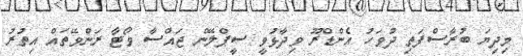
މިދިޔަ ބުރާސްފަތި ދުވަހު އެންޑްރޫ ވިދާޅުވީ ސީޕްލޭން ޖައްސާ ވޯޓާ ރަންވޭތައް އިތުރު